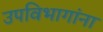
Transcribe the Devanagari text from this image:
उपविभागांना